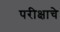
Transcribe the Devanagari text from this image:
परीक्षाचे